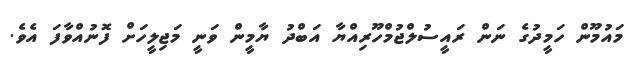
މައުމޫން ހަމީދުގެ ނަން ރައީސުލްޖުމްހޫރިއްޔާ އަބްދު ޔާމީން ވަނީ މަޖިލީހަށް ފޮނުއްވާފަ އެވެ.